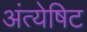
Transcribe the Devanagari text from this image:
अंत्येषिट